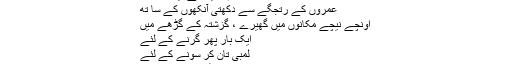
"ہم لوٹیں گے تیری جانب
عمروں کے رتجگے سے دکھتی آنکھوں کے سا تھ
اونچے نیچے مکانوں میں گھیرے ، گزشتہ کے گڑھے میں
ایک بار پھر گرنے کے لئے
لمبی تان کر سونے کے لئے
تیرے مضافات میں مٹی ہونے کے لئے۔